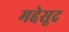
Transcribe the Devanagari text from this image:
मद्देसूद